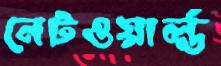
নেটওয়ার্ল্ড